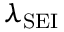
\lambda _ { \mathrm { S E I } }